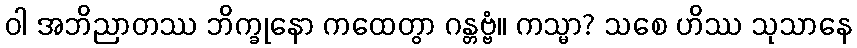
ဝါ အဘိညာတဿ ဘိက္ခုနော ကထေတွာ ဂန္တဗ္ဗံ။ ကသ္မာ? သစေ ဟိဿ သုသာနေ